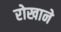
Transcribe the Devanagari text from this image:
रोखाने